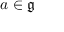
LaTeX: a \in { \mathfrak { g } }